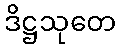
ဒိဋ္ဌသုတေ